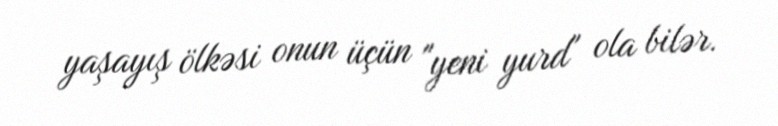
yaşayış ölkəsi onun üçün "yeni yurd" ola bilər.